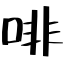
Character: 啡